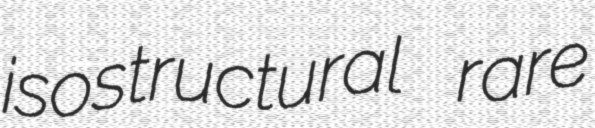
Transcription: isostructural rare